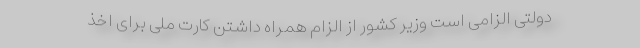
دولتی الزامی است وزیر کشور از الزام همراه داشتن کارت ملی برای اخذ